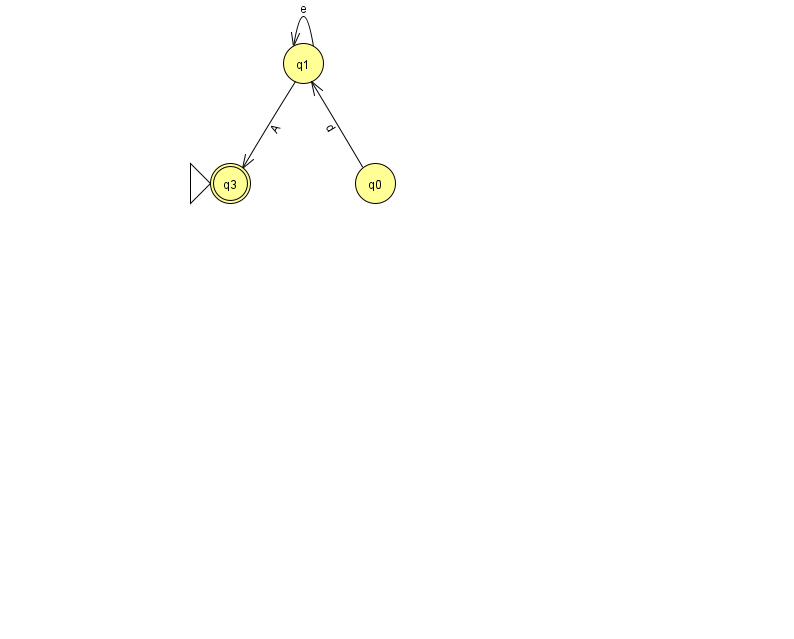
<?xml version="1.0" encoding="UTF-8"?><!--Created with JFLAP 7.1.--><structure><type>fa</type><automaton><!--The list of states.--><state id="0" name="q0"><x>375.0</x><y>170.0</y></state><state id="1" name="q1"><x>303.0</x><y>50.0</y></state><state id="3" name="q3"><x>230.0</x><y>170.0</y><initial/><final/></state><!--The list of transitions.--><transition><from>0</from><to>1</to><read>d</read></transition><transition><from>1</from><to>1</to><read>e</read></transition><transition><from>1</from><to>3</to><read>A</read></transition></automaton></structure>